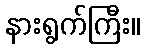
နားရွက်ကြီး။